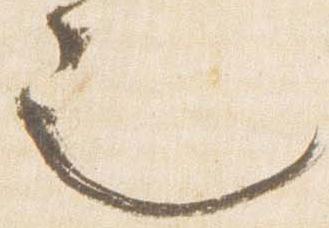
也